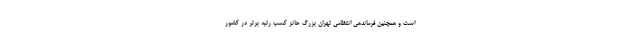
است و همچنین فرماندهی انتظامی تهران بزرگ حائز کسب رتبه برتر در کشور